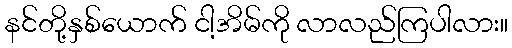
နင်တို့နှစ်ယောက် ငါ့အိမ်ကို လာလည်ကြပါလား။